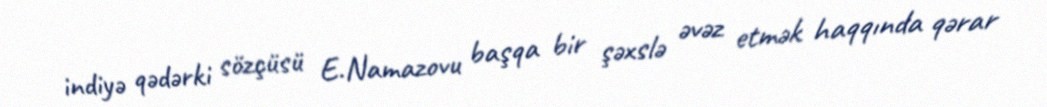
indiyə qədərki sözçüsü E.Namazovu başqa bir şəxslə əvəz etmək haqqında qərar